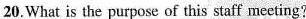
20.What is the purpose of this staff meeting?